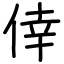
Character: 倖